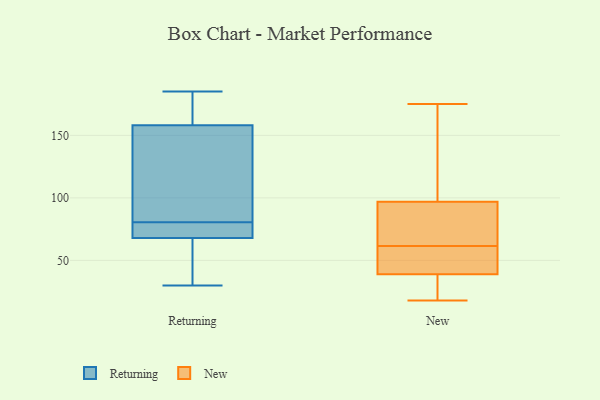
{"axis": {"x": "Customer Acquisition Cost (USD)", "y": "Value"}, "legend": ["New", "Returning"], "data": [{"x": "", "y": 30, "type": "Returning"}, {"x": "", "y": 170, "type": "Returning"}, {"x": "", "y": 67, "type": "Returning"}, {"x": "", "y": 89, "type": "Returning"}, {"x": "", "y": 71, "type": "Returning"}, {"x": "", "y": 72, "type": "Returning"}, {"x": "", "y": 185, "type": "Returning"}, {"x": "", "y": 128, "type": "Returning"}, {"x": "", "y": 68, "type": "Returning"}, {"x": "", "y": 158, "type": "Returning"}, {"x": "", "y": 19, "type": "New"}, {"x": "", "y": 44, "type": "New"}, {"x": "", "y": 97, "type": "New"}, {"x": "", "y": 113, "type": "New"}, {"x": "", "y": 175, "type": "New"}, {"x": "", "y": 52, "type": "New"}, {"x": "", "y": 35, "type": "New"}, {"x": "", "y": 82, "type": "New"}, {"x": "", "y": 53, "type": "New"}, {"x": "", "y": 77, "type": "New"}, {"x": "", "y": 39, "type": "New"}, {"x": "", "y": 70, "type": "New"}, {"x": "", "y": 18, "type": "New"}, {"x": "", "y": 146, "type": "New"}]}